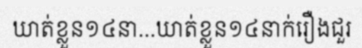
ឃាត់ខ្លួន១៤នា...ឃាត់ខ្លួន១៤នាក់រឿងជួរ